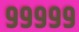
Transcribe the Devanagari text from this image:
९९९९९